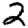
Digit: 2